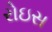
રોઇસ